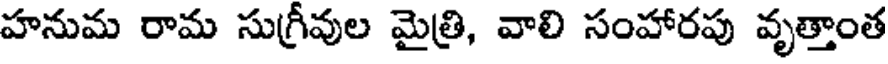
హనుమ రామ సుగ్రీవుల మైత్రి, వాలి సంహారపు వృత్తాంత